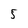
Character: 5